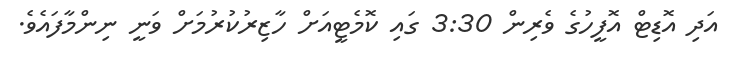
އަދި އޮޑިޓް އޮފީހުގެ ވެރިން 3:30 ގައި ކޮމެޓީއަށް ހާޒިރުކުރުމަށް ވަނީ ނިންމާފައެވެ.